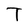
Character: T